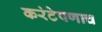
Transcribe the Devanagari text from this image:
करंटेपणाच